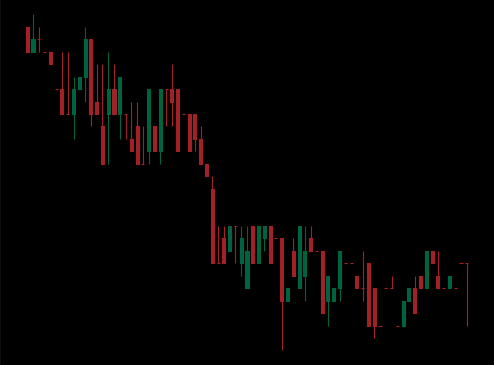
Pattern: bull_flag